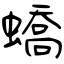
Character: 蟜